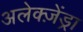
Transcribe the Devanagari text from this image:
अलेक्ज़ेंड्रा